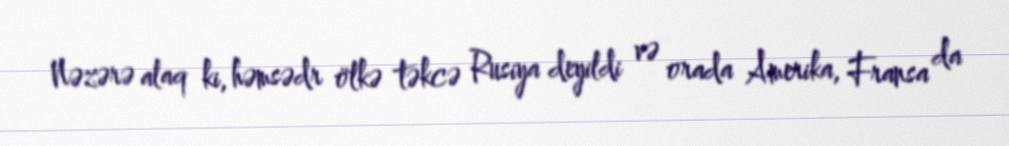
Nəzərə alaq ki, həmsədr ölkə təkcə Rusiya deyildi və orada Amerika, Fransa da